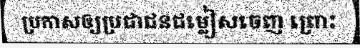
ប្រកាសឲ្យប្រជាជនជម្លៀសចេញ ព្រោះ